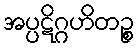
အပ္ပဋိဂ္ဂဟိတဉ္စ